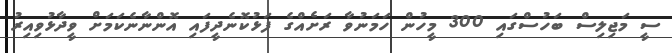
ސީ މަޖިލިސް ބަހުސްގައި 300 މީހުން ހަމަނުވާ ރަށެއްގެ ފަޅުކޮނެދީފައި އޮންނާނެކަމަށް ވީދާޅުވިއިރު